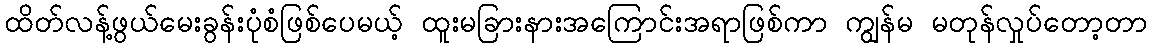
ထိတ်လန့်ဖွယ်မေးခွန်းပုံစံဖြစ်ပေမယ့် ထူးမခြားနားအကြောင်းအရာဖြစ်ကာ ကျွန်မ မတုန်လှုပ်တော့တာ